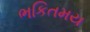
ભકિતમય